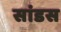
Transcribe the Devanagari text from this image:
सांडस